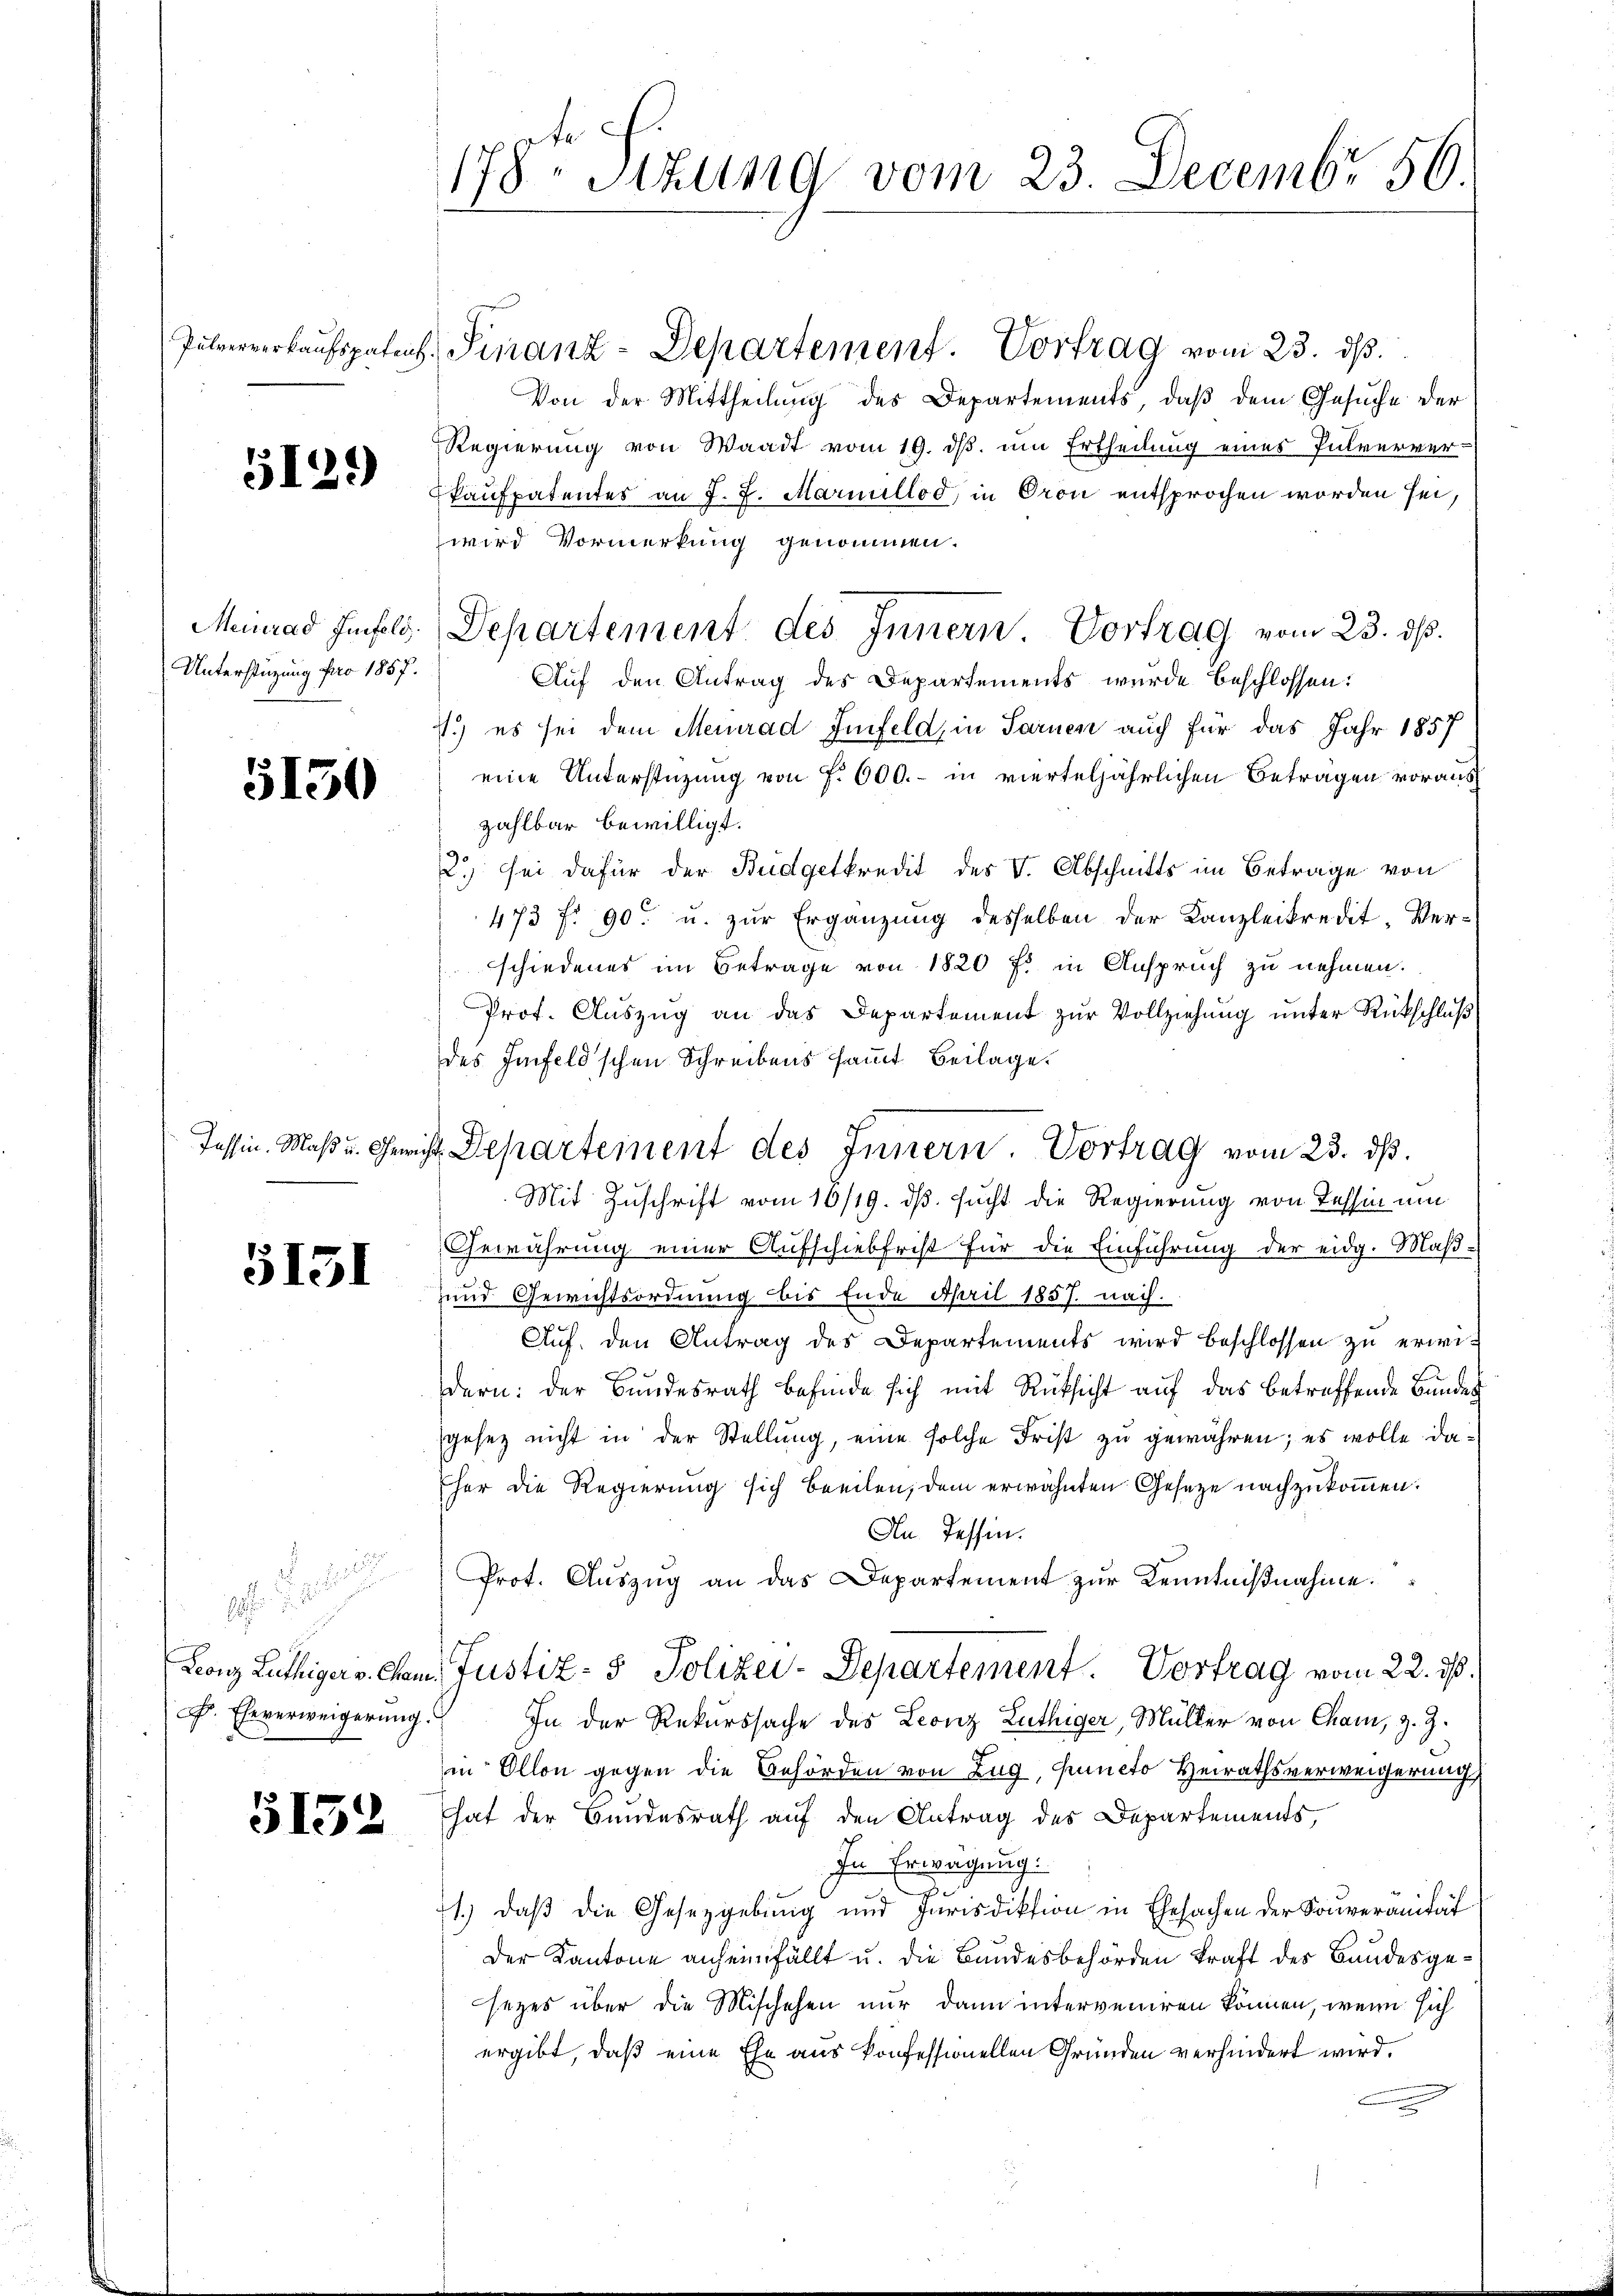
Pulververkaufspatent.

5129)

Meinrad Genfeld.
Unterstüzung pro 1857.

5130

Tessin. Maß u. Gewicht

3151

F. Eheverweigerung

5152

178 Sizung vom 23. Decembr 50.

Finanz-Departement. Vortrag vom 23. ds.
Von der Mittheilung des Departements, daß dem Gesuche der
Regierung von Waadt vom 19. ds. um Ertheilung eines Pulverver-
Kaufpatentes an J. J. Mariellod, in Oron entsprochen worden sei,
wird Vormerkung genommen.
Auf den Antrag des Departements wurde beschlossen:
1.) es sei dem Meinrad Zinfeld, in Sarnen auch für das Jahr 1857
eine Unterstüzung von f. 600.- in vierteljährlichen Betragen vorauszahlbar bewilligt.
2) sei dafür der Budgetkredit des V. Abschnitts im Betrage von
473 f. 90 u. zur Ergänzung desselben der Kanzleikredit, Verschiedenes im Betrage von 1820 f: in Anspruch zu nehmen.
Prot. Auszug an das Departement zur Vollziehung unter Rückschluß
des Infeldschen Schreibens samt Beilage.
Mit Zuschrift vom 16/19. ds. sucht die Regierung von Tessin um
Gewährung einer Aufschiebfrist für die Einführung der eidg. Maß¬
und Gewichtsordnung bis Ende April 1857. nach.
Auf, den Antrag des Departements wird beschlossen zu erwidern: der Bundesrath befinde sich mit Rücksicht auf das betreffende Bundes
gesez nicht in der Stellung, eine solche Frist zu gewähren; es wolle da¬
Eher die Regierung sich beeilen, dem erwähnten Gesetze nachzukommen.
An Tessin.
Prot. Aŭszŭg an das Departement zur Kenntnißnahme.
Leonz Luthiger v. Cham. Justiz- & Polizei-Departement. Vortrag vom 22. ds.
In der Rekurssache des Leonz Luthiger, Müller von Cham, z. Z.
in Ollon gegen die Behörden von Zug, Puncto Heirathsverweigerung
hat der Bundesrath auf den Antrag des Departements,
In Erwägung:
1.) daß die Gesetzgebung und Jurisdiktion in Ehesachen der Souveranität
Der Kantone anheimfällt u. die Bundesbehörden kraft des Bandesgesezes über die Mischehen nur dann interveniren können, wenn sich
ergibt, daß eine Ehe aus konfessionellen Gründen verhindert wird.

Departement des Innern. Vortrag vom 23. ds.

4. Departement des Innern. Vortrag vom 23. ds.